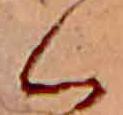
く